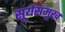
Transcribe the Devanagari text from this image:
सूर्यसंमुख